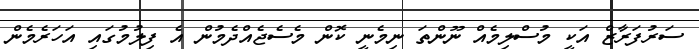
ސަރުފަރާޒް އަކީ މުސްލިމެއް ނޫންތަ ނިމެނީ ކޮން މެސެޖެއްދެމުން އެ ފިލުމުގައި އަހަރެމެން